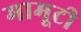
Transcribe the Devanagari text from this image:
मामूटी